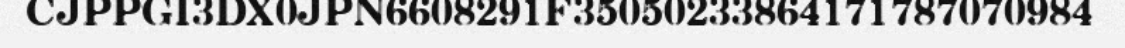
CJPPGI3DX0JPN6608291F35050233864171787070984